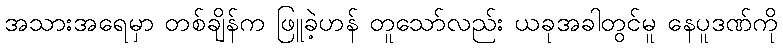
အသားအရေမှာ တစ်ချိန်က ဖြူခဲ့ဟန် တူသော်လည်း ယခုအခါတွင်မူ နေပူဒဏ်ကို